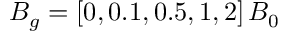
B _ { g } = \left[ 0 , 0 . 1 , 0 . 5 , 1 , 2 \right] B _ { 0 }